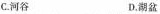
C.河谷 D.湖盆